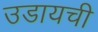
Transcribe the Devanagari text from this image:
उडायची